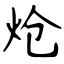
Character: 炝